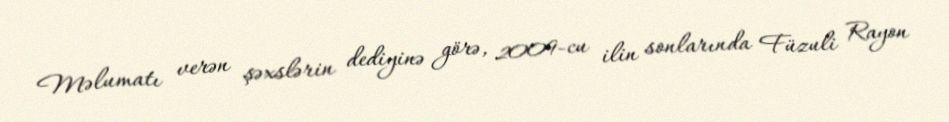
Məlumatı verən şəxslərin dediyinə görə, 2009-cu ilin sonlarında Füzuli Rayon